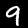
Label: 9